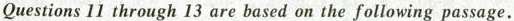
Questions 11 through 13 are based on the following passage.